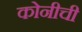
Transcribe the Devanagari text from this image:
कोनीची